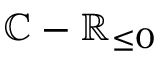
\mathbb { C } - \mathbb { R } _ { \leq 0 }